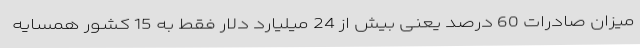
میزان صادرات 60 درصد یعنی بیش از 24 میلیارد دلار فقط به 15 کشور همسایه